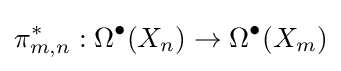
\pi _{m,n}^{\ast }:\Omega ^{\bullet }(X_{n})\rightarrow \Omega ^{\bullet }(X_{m})